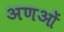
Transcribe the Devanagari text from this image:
अणओं